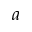
a